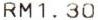
RM1.30